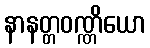
နာနတ္တဝဏ္ဏိယော